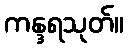
ကန္ဒရသုတ်။